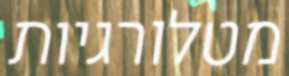
מטלורגיות